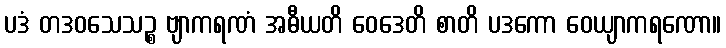
ပဒံ တဒဝသေသဉ္စ ဗျာကရဏံ အဓီယတိ ဝေဒေတိ စာတိ ပဒကော ဝေယျာကရဏော။